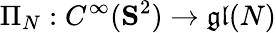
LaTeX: \Pi_{N}:C^{\infty}(\mathbf{S}^{2})\to\mathfrak{gl}(N)